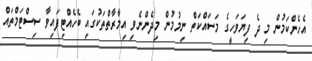
އެހެންކަމުން މި ދެ ފިޔަވަހީގެ މަސައްކަތް ނިމުމުން މިދެންނެވި އިމާރާތްތަކުގައި ބެހެއްޓިފައިވާ ސިސްޓަމްތައް